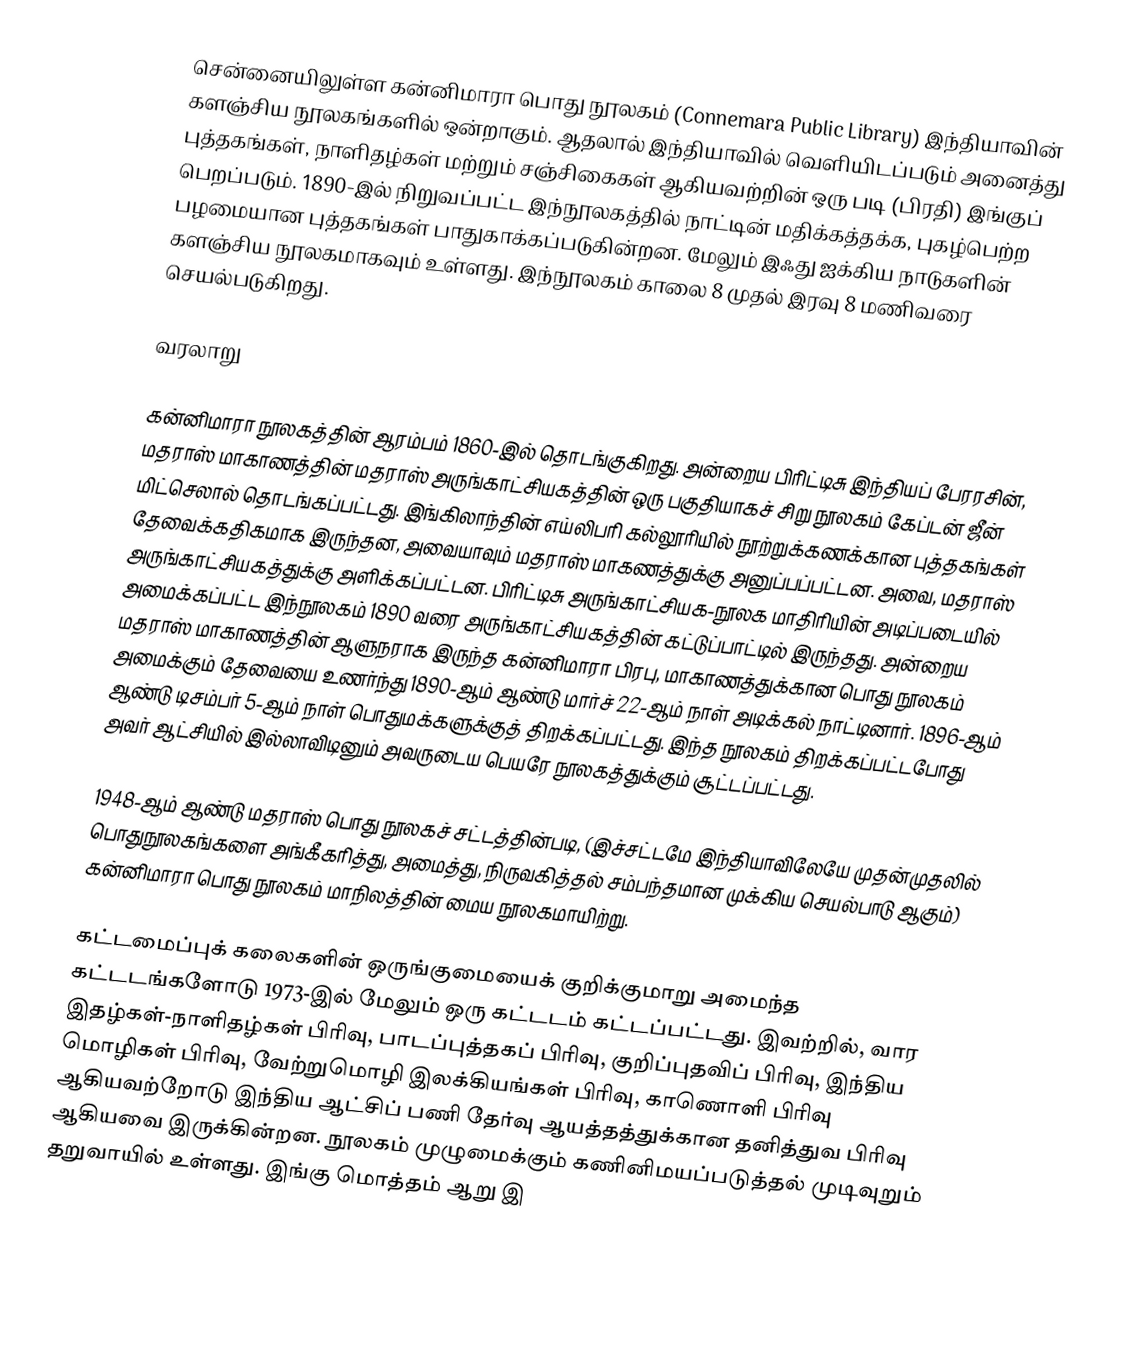
சென்னையிலுள்ள கன்னிமாரா பொது நூலகம் (Connemara Public Library) இந்தியாவின் களஞ்சிய நூலகங்களில் ஒன்றாகும். ஆதலால் இந்தியாவில் வெளியிடப்படும் அனைத்து புத்தகங்கள், நாளிதழ்கள் மற்றும் சஞ்சிகைகள் ஆகியவற்றின் ஒரு படி (பிரதி) இங்குப் பெறப்படும்.  1890-இல் நிறுவப்பட்ட இந்நூலகத்தில் நாட்டின் மதிக்கத்தக்க, புகழ்பெற்ற  பழமையான புத்தகங்கள் பாதுகாக்கப்படுகின்றன.  மேலும் இஃது ஐக்கிய நாடுகளின் களஞ்சிய நூலகமாகவும் உள்ளது. இந்நூலகம் காலை 8 முதல் இரவு 8 மணிவரை செயல்படுகிறது.

வரலாறு

கன்னிமாரா நூலகத்தின் ஆரம்பம் 1860-இல் தொடங்குகிறது.  அன்றைய பிரிட்டிசு இந்தியப் பேரரசின், மதராஸ் மாகாணத்தின் மதராஸ் அருங்காட்சியகத்தின் ஒரு பகுதியாகச் சிறு நூலகம் கேப்டன் ஜீன் மிட்செலால் தொடங்கப்பட்டது.  இங்கிலாந்தின் எய்லிபரி கல்லூரியில் நூற்றுக்கணக்கான புத்தகங்கள் தேவைக்கதிகமாக இருந்தன, அவையாவும் மதராஸ் மாகணத்துக்கு அனுப்பப்பட்டன.  அவை, மதராஸ் அருங்காட்சியகத்துக்கு அளிக்கப்பட்டன.  பிரிட்டிசு அருங்காட்சியக-நூலக மாதிரியின் அடிப்படையில் அமைக்கப்பட்ட இந்நூலகம் 1890 வரை அருங்காட்சியகத்தின் கட்டுப்பாட்டில் இருந்தது.  அன்றைய மதராஸ் மாகாணத்தின் ஆளுநராக இருந்த கன்னிமாரா பிரபு, மாகாணத்துக்கான பொது நூலகம் அமைக்கும் தேவையை உணர்ந்து 1890-ஆம் ஆண்டு மார்ச் 22-ஆம் நாள் அடிக்கல் நாட்டினார்.   1896-ஆம் ஆண்டு டிசம்பர் 5-ஆம் நாள் பொதுமக்களுக்குத் திறக்கப்பட்டது. இந்த நூலகம்  திறக்கப்பட்டபோது அவர் ஆட்சியில் இல்லாவிடினும் அவருடைய பெயரே நூலகத்துக்கும் சூட்டப்பட்டது.

1948-ஆம் ஆண்டு மதராஸ் பொது நூலகச் சட்டத்தின்படி, (இச்சட்டமே இந்தியாவிலேயே முதன்முதலில் பொதுநூலகங்களை அங்கீகரித்து, அமைத்து, நிருவகித்தல் சம்பந்தமான முக்கிய செயல்பாடு ஆகும்) கன்னிமாரா பொது நூலகம் மாநிலத்தின் மைய நூலகமாயிற்று.

கட்டமைப்புக் கலைகளின் ஒருங்குமையைக் குறிக்குமாறு அமைந்த கட்டடங்களோடு 1973-இல் மேலும் ஒரு கட்டடம் கட்டப்பட்டது.  இவற்றில், வார இதழ்கள்-நாளிதழ்கள் பிரிவு, பாடப்புத்தகப் பிரிவு, குறிப்புதவிப் பிரிவு, இந்திய மொழிகள் பிரிவு, வேற்றுமொழி இலக்கியங்கள் பிரிவு, காணொளி பிரிவு ஆகியவற்றோடு இந்திய ஆட்சிப் பணி தேர்வு ஆயத்தத்துக்கான தனித்துவ பிரிவு ஆகியவை இருக்கின்றன.  நூலகம் முழுமைக்கும் கணினிமயப்படுத்தல் முடிவுறும் தறுவாயில் உள்ளது.  இங்கு மொத்தம் ஆறு இ